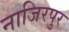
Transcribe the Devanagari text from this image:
नाजिरपुर